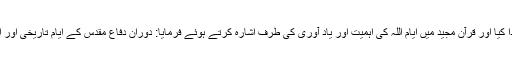
رہبر معظم انقلاب اسلامی نے راہیان نور کے اہلکاروں کا شکریہ ادا کیا اور قرآن مجید میں ایام اللہ کی اہمیت اور یاد آوری کی طرف اشارہ کرتے ہوئے فرمایا: دوران دفاع مقدس کے ایام تاریخی اور ایام اللہ ہیں اور اس تایرخی دور کو کبھی فراموش نہیں کرنا چاہیے۔